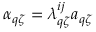
\alpha _ { q \zeta } = \lambda _ { q \zeta } ^ { i j } a _ { q \zeta }